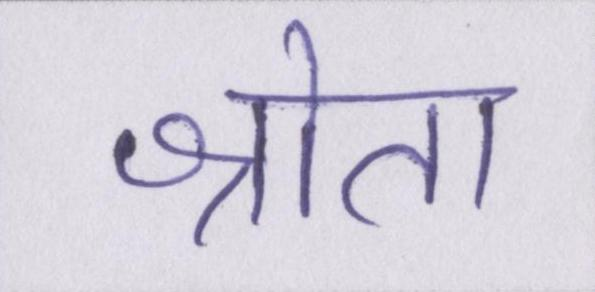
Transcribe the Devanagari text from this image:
श्रोता